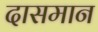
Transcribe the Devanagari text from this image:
दासमान